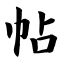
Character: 帖